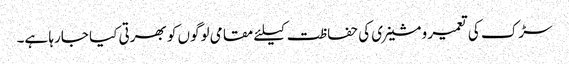
سڑک کی تعمیر و مشینری کی حفاظت کیلئے مقامی لوگوں کو بھرتی کیا جارہا ہے۔